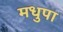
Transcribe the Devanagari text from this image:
मधुपा